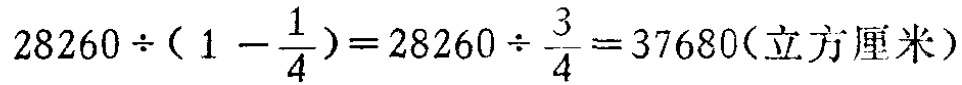
\(28260\div(1 - \frac{1}{4})=28260\div \frac{3}{4}=37680(\text{立方厘米})\)